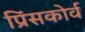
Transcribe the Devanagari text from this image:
प्रिंसकोर्व